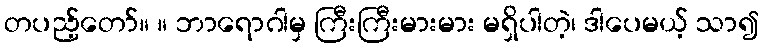
တပည့်တော်။ ။ ဘာရောဂါမှ ကြီးကြီးမားမား မရှိပါတဲ့၊ ဒါပေမယ့် သာ၍